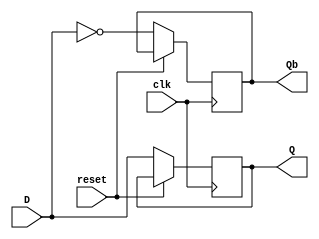
module DFF(clk,reset,D,Q,Qb);
   input clk,reset,D;
   output reg Q,Qb;

   always@(negedge clk)
     begin
	if(reset)
	  begin
	     Q=Q;
      	     Qb=Qb;
	  end
	else	
	  begin
	     Q=D;
       	     Qb=~D;
	  end
     end // always@ (posedge clk)
   
endmodule // DFF